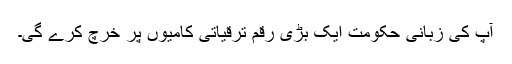
آپ کی زبانی حکومت ايک بڑی رقم ترقياتی کاميوں پر خرچ کرے گی۔